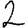
Digit: 2